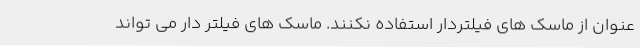
عنوان از ماسک های فیلتردار استفاده نکنند. ماسک های فیلتر دار می تواند